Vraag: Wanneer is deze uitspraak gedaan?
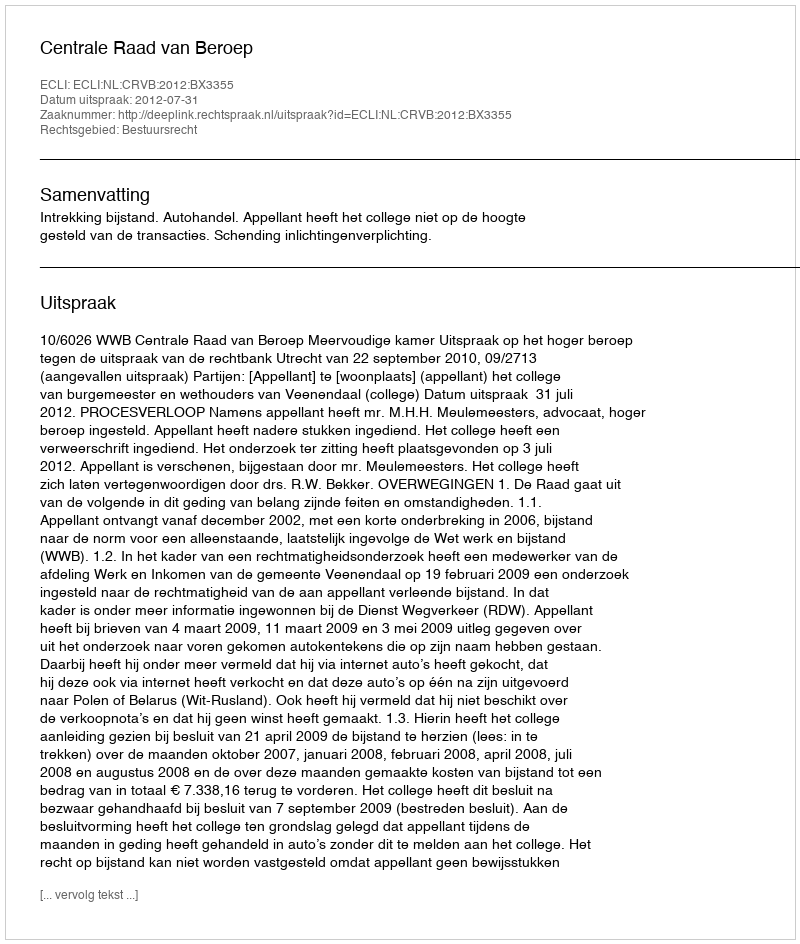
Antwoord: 2012-07-31